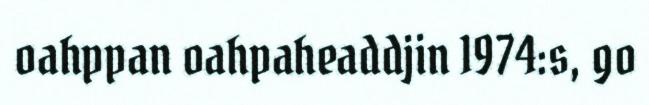
oahppan oahpaheaddjin 1974:s, go